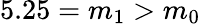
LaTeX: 5.25=m_{1}>m_{0}